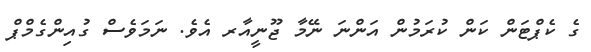
ގެ ކެޕްޓަން ކަން ކުރަމުން އަންނަ ނޭމާ ޖޫނީއާރ އެވެ. ނަމަވެސް ގުއިންގެމްޕް